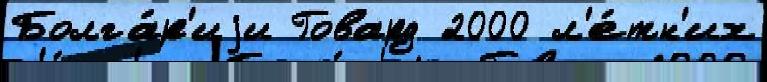
Болга́р'иjи Говард 2000 л'е́тн'их